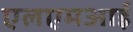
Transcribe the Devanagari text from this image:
एलएमआई